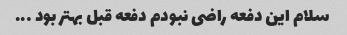
سلام این دفعه راضی نبودم دفعه قبل بهتر بود …..